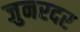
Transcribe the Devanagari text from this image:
जुनरदर